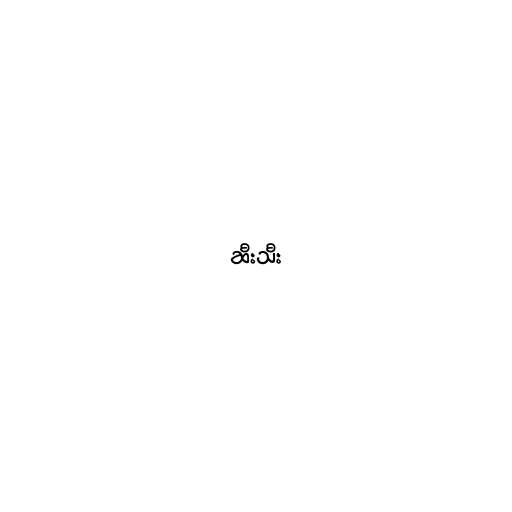
ဆီးသီး